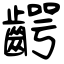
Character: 齶